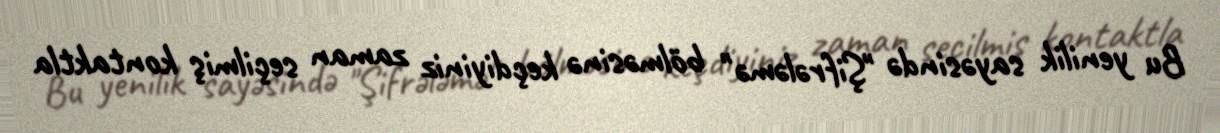
Bu yenilik sayəsində "Şifrələmə" bölməsinə keçdiyiniz zaman seçilmiş kontaktla